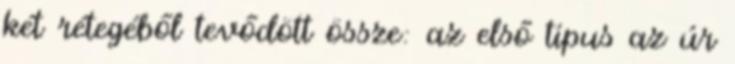
két rétegéből tevődött össze: az első típus az úr